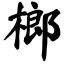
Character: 榔